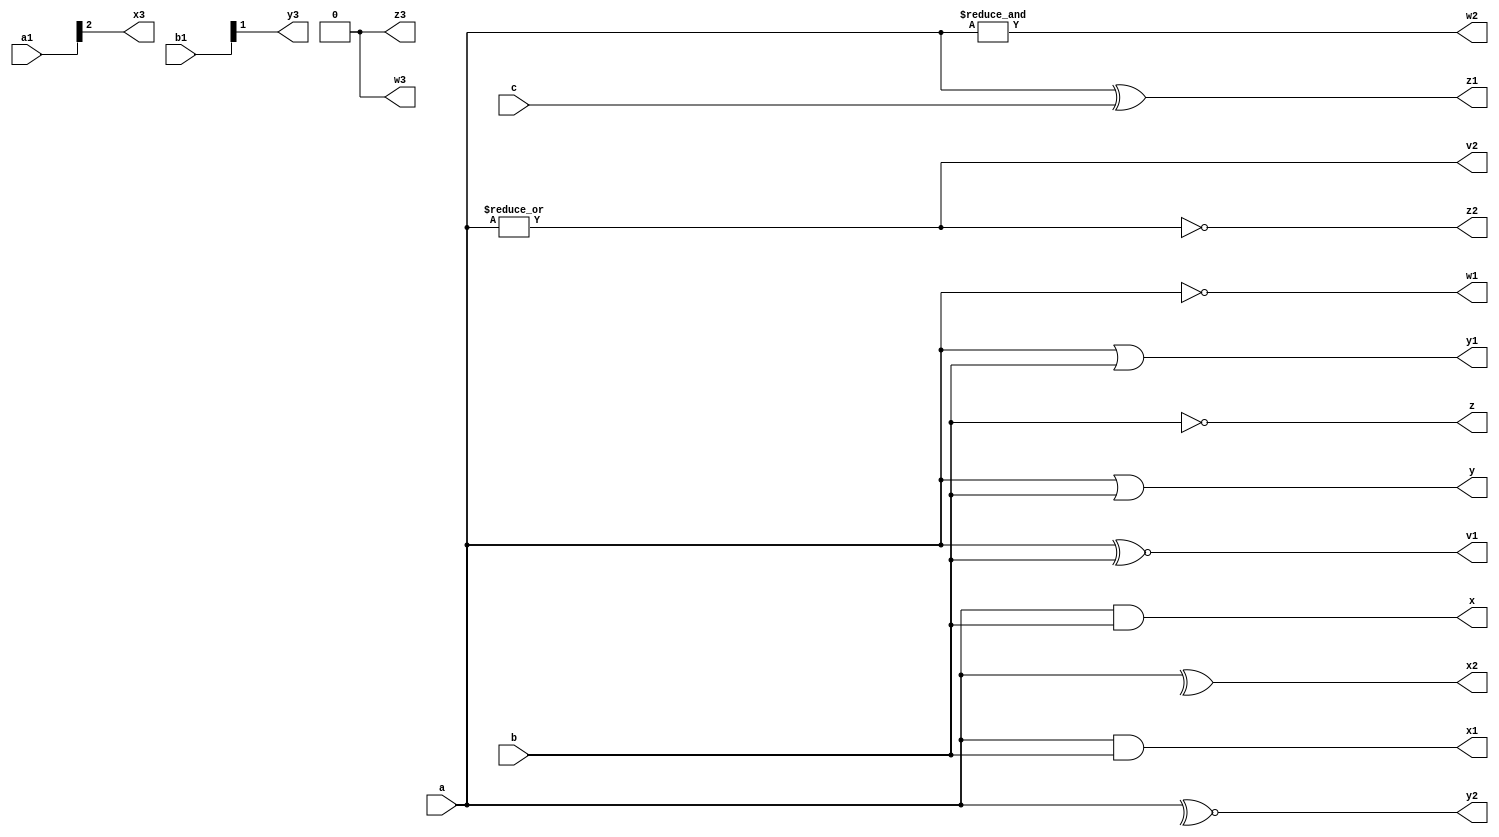
module operators(a,b,c,x,y,z,x1,y1,z1,v1,w1,v2,w2,x2,y2,z2,a1,w3,x3,y3,z3,b1);
input [2:0]a,b,c;
output x,y,z;
output [2:0]x1,z1,y1,v1,w1;
output v2,w2,x2,y2,z2;
input [3:0]a1,b1;
output w3,x3,y3,z3;

/*initial 
begin*/
/*logical operators*/
/*assign a=5;
assign b=3'b111;
assign c='bx;*/
assign x=a && b;
assign y=a || b;
assign z= !b;
//$display("x=%b,Y=%b,z=%b",x,y,z);
/*bitwise operators*/
assign v1=a~^b;
assign w1=~a;
assign x1=a &b;
assign y1=a|b;
assign z1=a^c;
//$display("x1=%b,y1=%b,z1=%b,v1=%b,w1=%b",x1,y1,z1,v1,w1); 
/*reduction operators*/
assign v2=|a;
assign w2=&a;
assign x2=^a;
assign y2=~^a;
assign z2=~|a;
//$display("v2=%b, w2= %b,x2=%b,y2=%b,z2=%b",v2,w2,x2,y2,z2);
/* shift operators*/
/*assign a1=4'b1010;
assign b1=4'b1010;*/
assign w3=a1<<1;
assign x3=a1>>2;
assign y3=b1>>>1;
assign z3=b1<<<2;
/*$display(" w3=%b,x3=%b,y3=%b,z3=%b",w3,x3,y3,z3);
end*/
endmodule